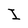
Character: I